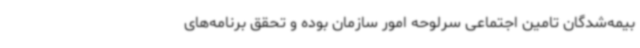
بیمه‌شدگان تامین اجتماعی سرلوحه امور سازمان بوده و تحقق برنامه‌های